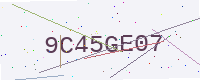
Text: 9C45GE07